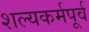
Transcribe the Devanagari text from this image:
शल्यकर्मपूर्व